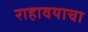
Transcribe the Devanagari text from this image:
राहावयाचा